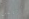
أصيل